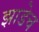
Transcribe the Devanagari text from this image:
झाडेच